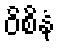
ဝိစိနံ